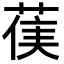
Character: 𮏻